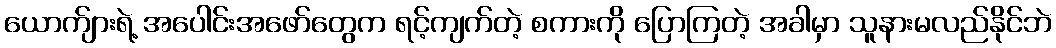
ယောက်ျားရဲ့ အပေါင်းအဖော်တွေက ရင့်ကျက်တဲ့ စကားကို ပြောကြတဲ့ အခါမှာ သူနားမလည်နိုင်ဘဲ